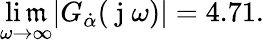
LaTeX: \operatorname*{li\mathfrak{m}}_{\omega\to\infty}|G_{\dot{{\alpha}}}(\mathrm{{~j~}}\omega)|=4.71.